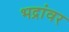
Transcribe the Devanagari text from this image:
भद्रांवर